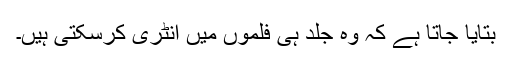
بتایا جاتا ہے کہ وہ جلد ہی فلموں میں انٹری کرسکتی ہیں۔